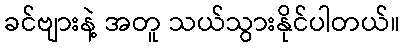
ခင်ဗျားနဲ့ အတူ သယ်သွားနိုင်ပါတယ်။